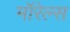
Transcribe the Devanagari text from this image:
मॉरेल्स